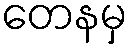
တေနမှ